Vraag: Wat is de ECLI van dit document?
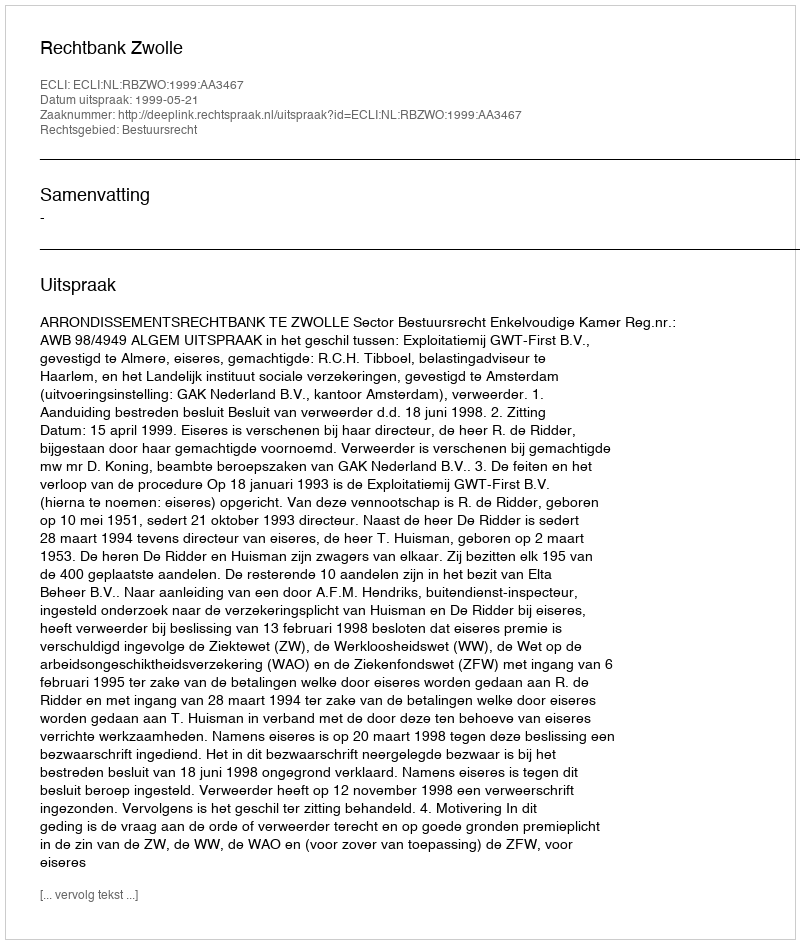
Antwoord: ECLI:NL:RBZWO:1999:AA3467